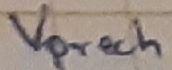
Text: Vprech